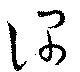
深